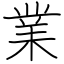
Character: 業